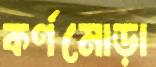
কর্ণমোড়া